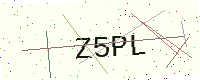
Text: Z5PL